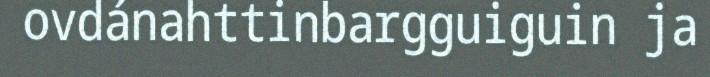
ovdánahttinbargguiguin ja